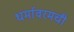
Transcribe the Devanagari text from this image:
धर्मावरमची